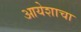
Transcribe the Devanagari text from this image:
आयेशाचा